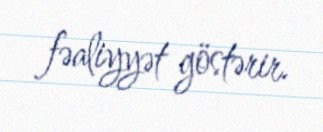
fəaliyyət göstərir.